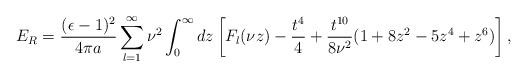
LaTeX: \begin{align*}E_R={(\epsilon-1)^2\over4\pi a}\sum_{l=1}^\infty \nu^2\int_0^\infty dz\left[F_l(\nu z)-{t^4\over4}+{t^{10}\over8\nu^2}(1+8z^2-5z^4+z^6)\right],\end{align*}